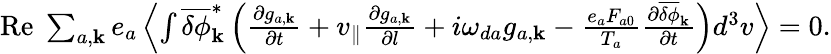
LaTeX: \begin{array}{r}{\mathrm{Re}\; \sum_{a,{\mathbf k}}e_{a}\left\langle\int\overline{{\delta\phi}}_{\mathbf k}^{\ast}\left(\frac{\partial g_{a,{\mathbf k}}}{\partial t}+v_{\| }\frac{\partial g_{a,{\mathbf k}}}{\partial l}+i\omega_{da}g_{a,{\mathbf k}}-\frac{e_{a}F_{a0}}{T_{a}}\frac{\partial\overline{{\delta\phi}}_{\mathbf k}}{\partial t}\right)d^{3}v\right\rangle=0.}\end{array}